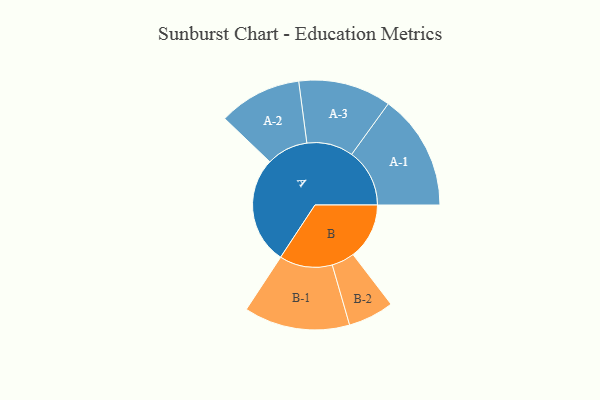
{"axis": {"x": "Segment", "y": "Value"}, "legend": ["", "A", "B"], "data": [{"x": "A", "y": 497, "type": ""}, {"x": "B", "y": 260, "type": ""}, {"x": "A-1", "y": 268, "type": "A"}, {"x": "A-2", "y": 192, "type": "A"}, {"x": "A-3", "y": 215, "type": "A"}, {"x": "B-1", "y": 245, "type": "B"}, {"x": "B-2", "y": 106, "type": "B"}]}